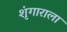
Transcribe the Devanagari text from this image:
शृंगाराला